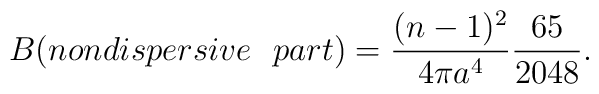
B( nondispersive~~  part )=\frac{(n-1)^2}{4 \pi a^4}\frac{65}{2048}.